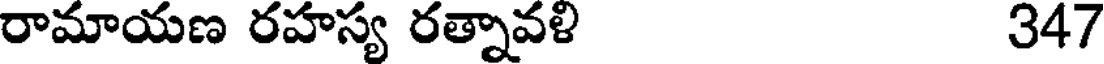
రామాయణ రహస్య రత్నావళి 347